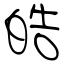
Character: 皓